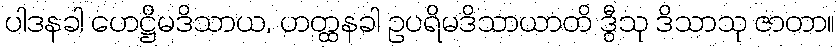
ပါဒနခါ ဟေဋ္ဌိမဒိသာယ, ဟတ္ထနခါ ဥပရိမဒိသာယာတိ ဒွီသု ဒိသာသု ဇာတာ။